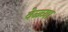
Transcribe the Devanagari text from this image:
वेळ्च्या